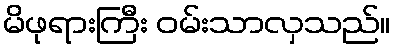
မိဖုရားကြီး ဝမ်းသာလှသည်။